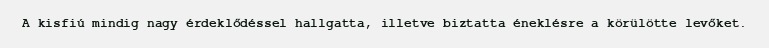
A kisfiú mindig nagy érdeklődéssel hallgatta, illetve biztatta éneklésre a körülötte levőket.